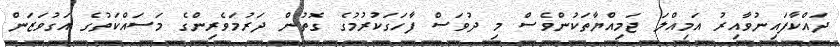
ދައްކާފައިނުވާއިރު އަމިއްލަ ޖަމިއްޔާތަކުންވެސް މި ދުވަސް ފާހަގަކުރުމުގެ ގޮތުން ދަރުމަވެރިންގެ މަސައްކަތުގެ އަގުވަޒަން